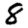
Digit: 8